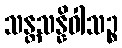
သန္တသန္နိဝါသဉ္စ